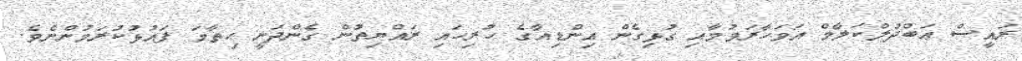
ރައީސް ޢަބްދުލްކަލާމް އަވަހާރަވުމާއި ގުޅިގެން އިންޑިއާގެ ހުރިހައި ރައްޔިތުން ގެންދަނީ ހިތާމަ ފައުޅުކުރަމުންނެވެ.